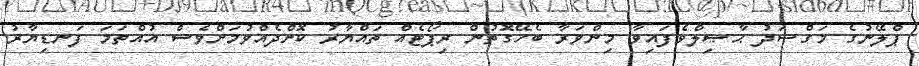
ޕްލޭނުގެ މަގްޞަދު ޙާޞިލްވެފައިވާ މިންވަރާ ބެހޭގޮތުން ރިޕޯޓެއް ތައްޔާރު ކޮށްދެއްވުމަށްވެސް އުއްތަމަ ފަނޑިޔާރު